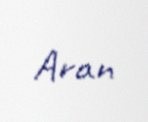
Aran